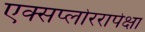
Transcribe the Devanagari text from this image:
एक्सप्लोररापेक्षा